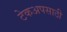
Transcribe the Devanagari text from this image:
टेकअपसाठी